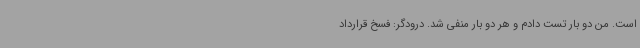
است. من دو بار تست دادم و هر دو بار منفی شد. درودگر: فسخ قرارداد